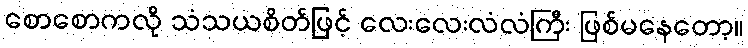
စောစောကလို သံသယစိတ်ဖြင့် လေးလေးလံလံကြီး ဖြစ်မနေတော့။